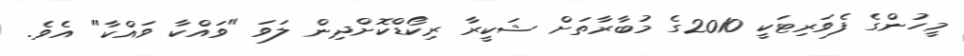
މީހުންގެ ފެވަރިޓަކީ 2010ގެ މުބާރާތަށް ޝަކީރާ ރިކޯޑްކޮށްދިން ލަވަ "ވައްކާ ވައްކާ" އެވެ.